Report of the Indian Hemp Drugs Commission, 1894-1895 - Volume V
Year: 1894
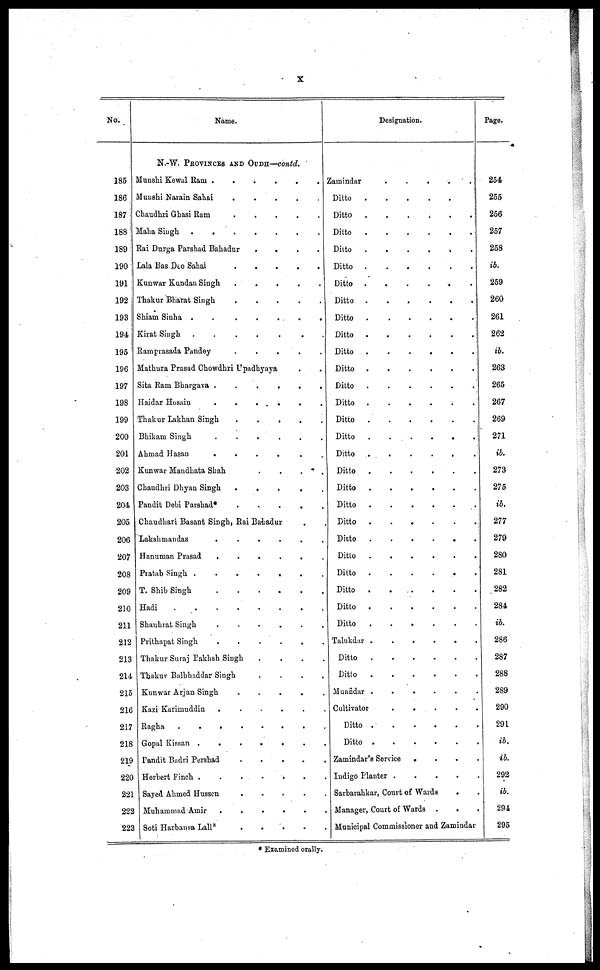
X
No.
185
186
187
188
189
190
191
192
193
194
195
196
197
198
199
200
201
202
203
204
205
206
207
208
209
210
211
212
213
214
215
216
217
218
219
220
221
222
223
Name.
N.-W. PROVINCES AND OUDH—contd.
Munshi Kewal Ram
.
.
.
.
.
.
Munshi Narain Sahai
.
.
.
.
.
.
Chaudhri Ghasi Ram
.
.
.
.
.
.
Malm Singh
.
.
.
.
.
.
Rai Durga Parshad Bahadur
.
.
.
.
Lala Bas Deo Sahai
.
.
.
.
.
.
Kunwar Kundan Singh
.
.
.
.
.
Thakur Bharat Singh
.
.
.
.
.
Shiam Sinha
.
.
.
.
.
.
Kirat Singh .
.
.
.
.
.
.
Ramprasada Pandey
.
.
.
.
.
Mathura Prasad Chowdhri Upadhyaya . .
Sita Ram Bhargava .
.
.
.
.
.
Haidar
Hosain
.
.
.
.
.
.
Thakur Lakhan Singh
.
.
.
.
.
.
Bhikam Singh
.
.
.
.
.
.
Ahmad Hasan
.
.
.
.
.
Kunwar Mandhata Shah
.
.
.
.
Chaudhri Dhyan Singh
.
.
.
.
.
Pandit Debi Parshad*
.
.
.
.
.
.
Chaudhari Basant Singh, Rai Bahadur
Lakshmandas
.
.
.
.
.
.
Hanuman Prasad
.
.
.
.
.
.
Pratab Singh
.
.
.
.
.
.
T. Shib Singh
.
.
.
.
.
.
Hadi
.
.
.
.
.
.
Shauhrat Singh
.
.
.
.
.
.
Prithapat Singh
.
.
.
.
.
.
Thakur Suraj Pakhsh Singh
.
.
.
.
Thakur Balbhaddar Singh
.
.
.
.
Kunwar Arjan Singh
.
.
.
.
.
Kazi Karimuddin
.
.
.
.
.
.
Ragha
.
.
.
.
.
.
.
.
Gopal Kissan .
.
.
.
.
.
.
Pandit Badri Pershad
.
.
.
.
.
.
Herbert Finch .
.
.
.
.
.
.
Sayed Ahmed Hussen . . . . . .
Muhammad Amir .
.
.
.
.
.
Soti Harbansa Lall* . . . . . .
Designation.
Zamindar
.
.
.
.
Ditto
.
.
.
.
.
.
Ditto
.
.
.
.
.
.
Ditto
.
.
.
.
.
.
Ditto
.
.
.
.
.
.
Ditto
.
.
.
.
.
.
Ditto
.
.
.
.
.
.
Ditto
.
.
.
.
.
.
Ditto
.
.
.
.
.
.
Ditto
.
.
.
.
.
.
Ditto
.
.
.
.
.
.
Ditto
.
.
.
.
.
.
Ditto
.
.
.
.
.
.
Ditto
.
.
.
.
.
.
Ditto
.
.
.
.
.
.
Ditto
.
.
.
.
.
.
Ditto
.
.
.
.
.
.
Ditto
.
.
.
.
.
.
Ditto
.
.
.
.
.
.
Ditto
.
.
.
.
.
.
Ditto
.
.
.
.
.
.
Ditto
.
.
.
.
.
.
Ditto
.
.
.
.
.
.
Ditto
.
.
.
.
.
.
Ditto
.
.
.
.
.
.
Ditto
.
.
.
.
.
.
Ditto
.
.
.
.
.
.
Talukdar
.
.
.
.
.
.
Ditto
.
.
.
.
.
.
Ditto
.
.
.
.
.
.
Muafidar
.
.
.
.
.
.
Cultivator
.
.
.
.
.
.
Ditto
.
.
.
.
.
.
Ditto
.
.
.
.
.
.
Zamindar's Service . . . . . .
Indigo Planter . . . . . .
Sarbarahkar, Court of Wards . .
Manager, Court of Wards .
. .
Municipal Commissioner and Zamindar
Page.
254
255
256
257
258
ib.
259
260
261
262
ib.
263
265
267
269
271
ib.
273
275
ib.
277
279
280
281
282
284
ib.
286
287
288
289
290
291
ib.
ib.
292
ib.
294
295
* Examined orally.